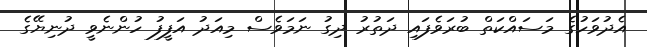
އެދުވަހުގެ މަސައްކަތް ބުރަވެފައި ދަތުރު ދިގު ނަމަވެސް މިއަދު އަފީފު ހުންނެވީ ދުނިޔޭގެ